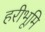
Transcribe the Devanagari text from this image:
हरीभूमि